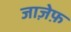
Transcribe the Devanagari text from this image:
जाज़ेफ़